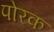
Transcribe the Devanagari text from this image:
पोरक